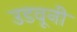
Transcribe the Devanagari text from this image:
उडवूनी